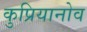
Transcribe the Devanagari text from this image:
कुप्रियानोव